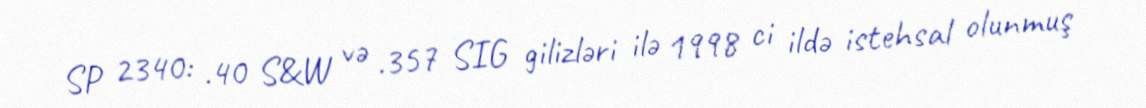
SP 2340: .40 S&W və .357 SIG gilizləri ilə 1998 ci ildə istehsal olunmuş